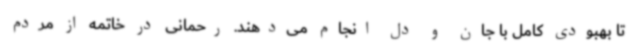
تا بهبودی کامل با جان و دل انجام می‌دهند. رحمانی در خاتمه از مردم